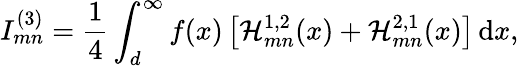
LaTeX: I_{mn}^{(3)}=\frac{1}{4}\int_{d}^{\infty}f(x)\left[\mathcal{H}_{mn}^{1,2}(x)+\mathcal{H}_{mn}^{2,1}(x)\right]\, \textrm{d}x,